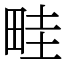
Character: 畦